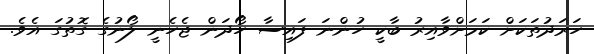
ހަރަދުތަކަށް ކަމަށްވާއިރު ބާކީ ހުންނަ ފައިސާ ހޯދަން ޖެހެނީ ލޯނުގެ ގޮތުގަ އެވެ.